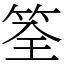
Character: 筌